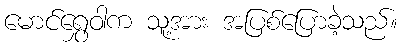
မောင်ရွှေဝါက သူ့အား အပြစ်ပြောခဲ့သည်။